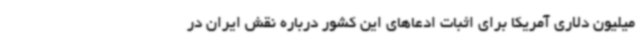
میلیون دلاری آمریکا برای اثبات ادعاهای این کشور درباره نقش ایران در